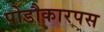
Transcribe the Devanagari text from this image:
पोडौकारपस